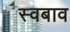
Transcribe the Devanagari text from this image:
स्वबाव